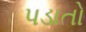
પડાતો